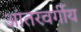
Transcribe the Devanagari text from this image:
आंतरवर्गीय